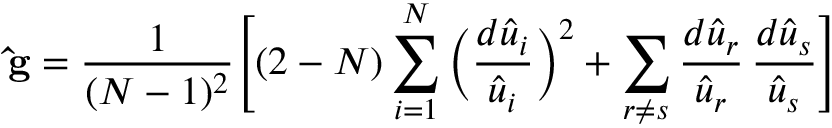
{ \bf { \hat { g } } } = \frac { 1 } { ( N - 1 ) ^ { 2 } } \Bigg [ ( 2 - N ) \sum _ { i = 1 } ^ { N } \Big ( \frac { d { \hat { u } } _ { i } } { { \hat { u } } _ { i } } \Big ) ^ { 2 } + \sum _ { r \neq s } \frac { d { \hat { u } } _ { r } } { { \hat { u } } _ { r } } \, \frac { d { \hat { u } } _ { s } } { { \hat { u } } _ { s } } \Bigg ]